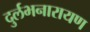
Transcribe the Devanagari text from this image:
दुर्लभनारायण